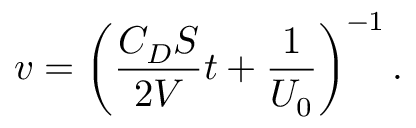
v = \left( \frac { C _ { D } S } { 2 V } t + \frac { 1 } { U _ { 0 } } \right) ^ { - 1 } .